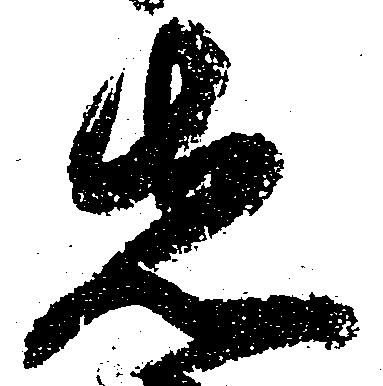
先